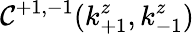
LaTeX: \mathcal{C}^{+1,-1}(k_{+1}^{z},k_{-1}^{z})